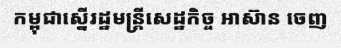
កម្ពុជាស្នើរដ្ឋមន្ត្រីសេដ្ឋកិច្ច អាស៊ាន ចេញ